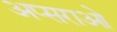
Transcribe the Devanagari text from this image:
अप्सराओ